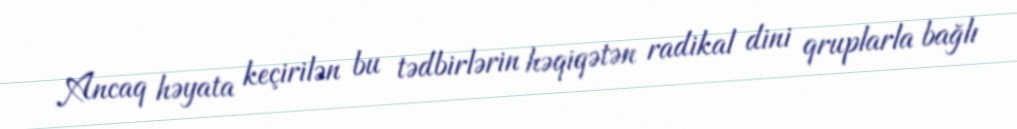
Ancaq həyata keçirilən bu tədbirlərin həqiqətən radikal dini qruplarla bağlı